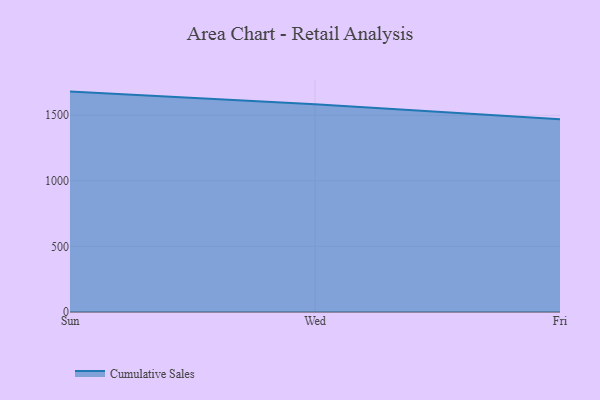
{"axis": {"x": "Day", "y": "Customer Acquisition Cost (USD)"}, "legend": ["Cumulative Sales"], "data": [{"x": "Sun", "y": 1680.3, "type": "Cumulative Sales"}, {"x": "Wed", "y": 1584.8, "type": "Cumulative Sales"}, {"x": "Fri", "y": 1469.9, "type": "Cumulative Sales"}]}